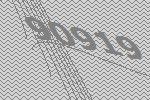
90919